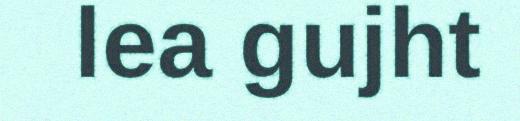
lea gujht